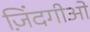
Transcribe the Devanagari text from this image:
ज़िंदगीओ